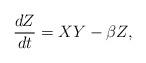
LaTeX: \begin{align*}\frac{dZ}{dt}=XY-\beta Z, \end{align*}